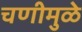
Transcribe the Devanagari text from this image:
चणीमुळे